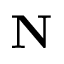
\mathbf { N }